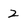
Character: 2